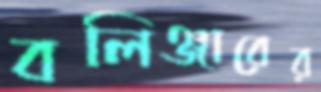
বলিঞ্জারের